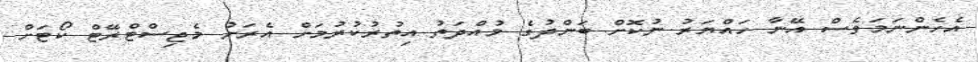
އެހެންނަމަވެސް އޭނާ ހައްޔަރު ނުކޮށް ބަންދުގެ މުއްދަތު އިތުރުކުރުމަށް އެރަށު މެޖިސްޓްރޭޓް ކޯޓަށް